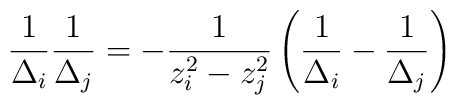
\frac{1}{\Delta_i}\frac{1}{\Delta_j}=-\frac{1}{z_i^2-z_j^2}\left(\frac{1}{\Delta_i}-\frac{1}{\Delta_j}\right)